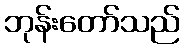
ဘုန်းတော်သည်